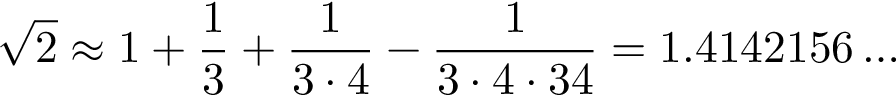
{ \sqrt { 2 } } \approx 1 + { \frac { 1 } { 3 } } + { \frac { 1 } { 3 \cdot 4 } } - { \frac { 1 } { 3 \cdot 4 \cdot 3 4 } } = 1 . 4 1 4 2 1 5 6 \ldots